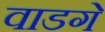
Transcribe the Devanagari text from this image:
वाडगे